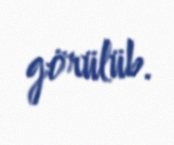
görülüb.